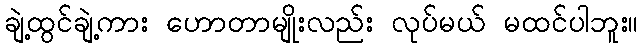
ချဲ့ထွင်ချဲ့ကား ဟောတာမျိုးလည်း လုပ်မယ် မထင်ပါဘူး။